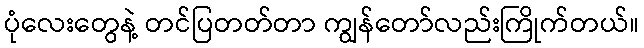
ပုံလေးတွေနဲ့ တင်ပြတတ်တာ ကျွန်တော်လည်းကြိုက်တယ်။